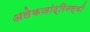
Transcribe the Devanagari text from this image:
अलेकजांद्रिनस्की